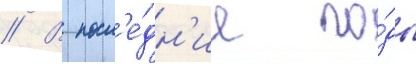
// В посл'е́дн'ие го́ды